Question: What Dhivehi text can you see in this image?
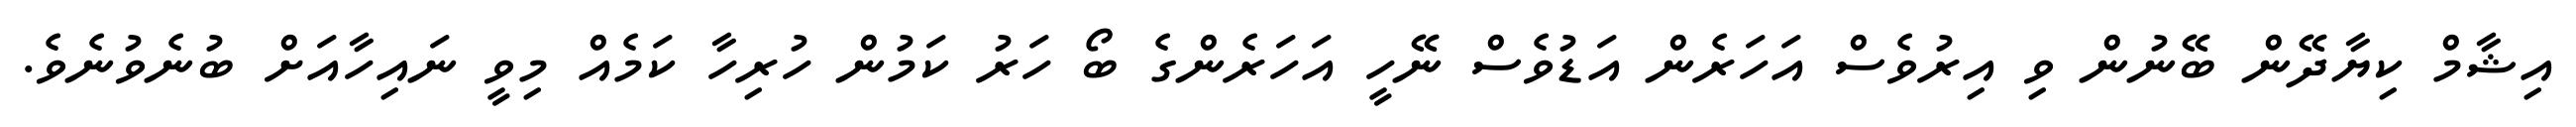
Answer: އިޝާމް ކިޔާދޭން ބޭނުން ވި އިރުވެސް އަހަރެން އަޑުވެސް ނޭހީ އަހަރެންގެ ބޯ ހަރު ކަމުން ހުރިހާ ކަމެއް މިވީ ނައިހާއަށް ބުނެވުނެވެ.